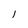
Character: I